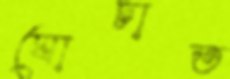
ঘোচাত